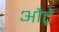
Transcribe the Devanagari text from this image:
औट्रे